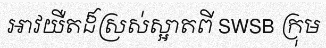
អាវយឺតដ៏ស្រស់ស្អាតពី SWSB ក្រុម